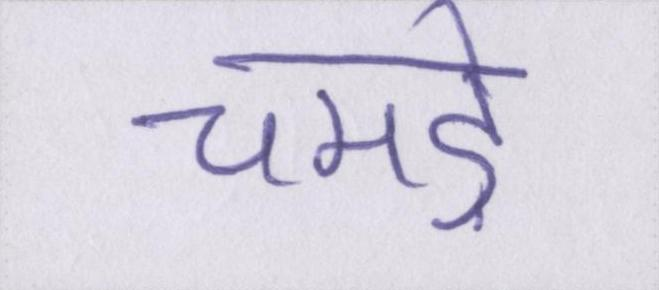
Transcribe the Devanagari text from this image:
चमड़े